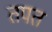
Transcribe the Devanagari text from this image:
तपत